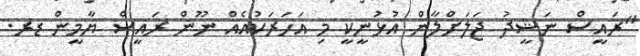
"ރައީސް ނަޝީދު ޖަލަށްލާން އުޅުނީކީ މި އަަހަރަކުއެއް ނޫން ރައީސް ޔާމީން ޑރ.